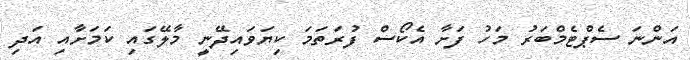
އަންނަ ސެޕްޓެމްބަރު މަހު ފަށާ އެކޯސް ފުރަތަމަ ކިޔަވައިދޭނީ މާލޭގައި ކަމަށާއި އަދި